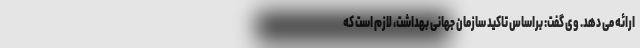
ارائه می دهد. وی گفت: براساس تاکید سازمان جهانی بهداشت، لازم است که